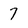
Character: 7